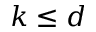
k \le d